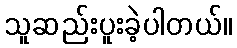
သူဆည်းပူးခဲ့ပါတယ်။